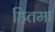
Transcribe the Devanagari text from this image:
हितमा